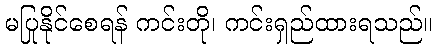
မပြုနိုင်စေရန် ကင်းတို၊ ကင်းရှည်ထားရသည်။